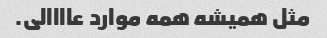
مثل همیشه همه موارد عاااالی.